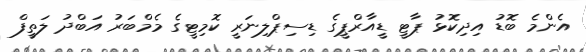
އެންމެ ބޮޑު އިދިކޮޅު ޕާޓީ ޑީއާރްޕީގެ ޑިސިޕްލިނަރީ ކޮމިޓީގެ މެމްބަރު އަބްދު ލަތީފް